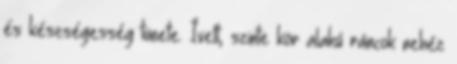
és készségesség tünete. Ívelt, szinte kör alakú ráncok nehéz